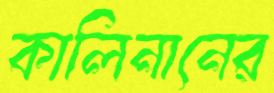
কালিনানের